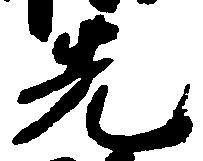
先